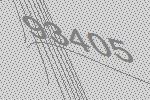
93405